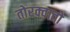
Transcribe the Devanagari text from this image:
तोरक्वातो